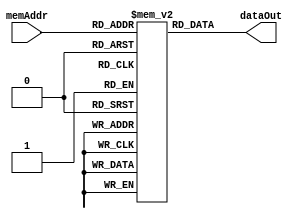
/////////////////////////////////////////////////////////////////////
// Project      : EE577B Fall2018 Gold CMP
// Description  : Instruction Memory For Gold Processor  
// Version      : ver1
// Last Modified by : Aditya 
// Update Log   : 
// ver1: Baseline
//
/////////////////////////////////////////////////////////////////////
`timescale 1ns/10ps

module imem (memAddr, dataOut);
	input  [0:8]    memAddr;    // Memory Read/Write Address (9-bits)
	output [0:31]   dataOut;    // Memory Read Output
	
	// Memory Declaration
	reg [0:31] MEM[0:511] ;		// 32-bit wide, 512-deep memory
	
	// Asynchronous READ Operation
	assign dataOut = MEM[memAddr];
	
endmodule